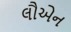
લૌએન